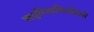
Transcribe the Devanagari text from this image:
ऋतुरित्यभिधीयते